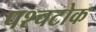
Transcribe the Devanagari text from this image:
पश्चटोक